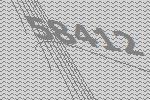
58412